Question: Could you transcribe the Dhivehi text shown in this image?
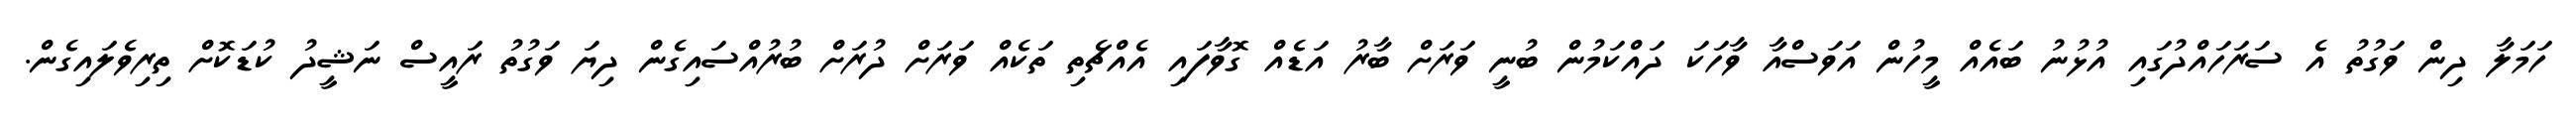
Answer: ހަމަލާ ދިން ވަގުތު އެ ސަރަހައްދުގައި އުޅުނު ބައެއް މީހުން އަވަސްއާ ވާހަކަ ދައްކަމުން ބުނީ ވަރަށް ބާރު އަޑެއް ގޮވާފައި އެއްޗެތި ތަކެއް ވަރަށް ދުރަށް ބުރުއްސައިގެން ދިޔަ ވަގުތު ރައީސް ނަޝީދު ކުޑަކޮށް ތިރިވެލައިގެން.